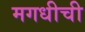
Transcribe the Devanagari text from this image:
मगधीची